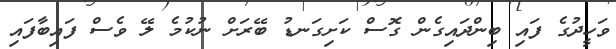
ވަހީދުގެ ފައި ބިންދައިގެން ގޮސް ކަށިގަނޑު ބޭރަށް ނުކުމެ ލޭ ވެސް ފައިބާފައި